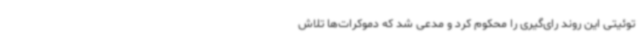
توئیتی این روند رای‌گیری را محکوم کرد و مدعی شد که دموکرات‌ها تلاش